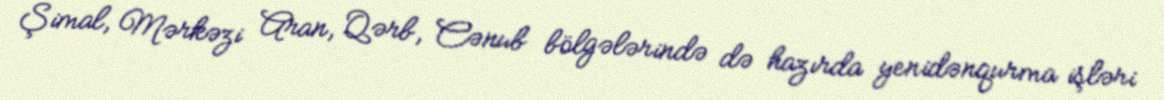
Şimal, Mərkəzi Aran, Qərb, Cənub bölgələrində də hazırda yenidənqurma işləri